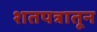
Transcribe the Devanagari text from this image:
शतपत्रातून